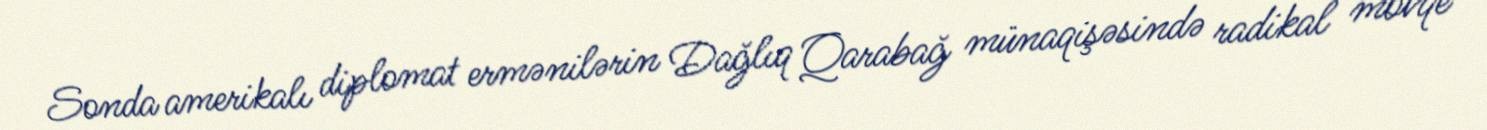
Sonda amerikalı diplomat ermənilərin Dağlıq Qarabağ münaqişəsində radikal mövqe